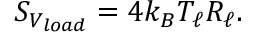
S _ { V _ { l o a d } } = 4 k _ { B } T _ { \ell } R _ { \ell } .